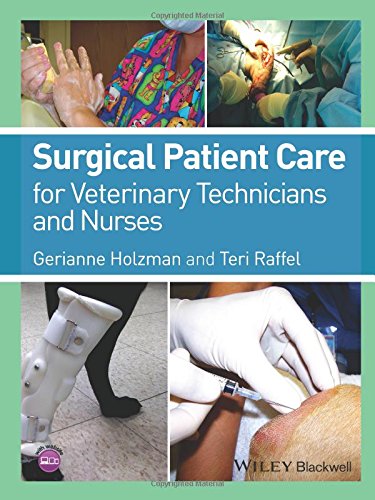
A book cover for Surgical Patient Care for Veterinary Technicians and Nurses; Gerianne Holzman; Medical Books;